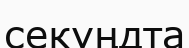
секуңдта